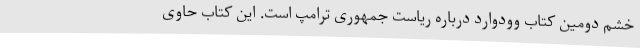
خشم دومین کتاب وودوارد درباره ریاست جمهوری ترامپ است. این کتاب حاوی